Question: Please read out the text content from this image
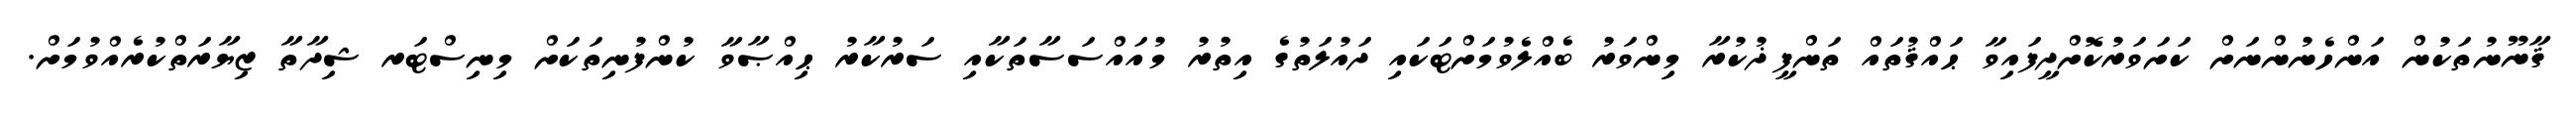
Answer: ޤާނޫނުތަކުން އަންހެނުންނަށް ކަށަވަރުކޮށްދީފައިވާ ޙައްޤުތައް ތަންފީޛުކުރާ މިންވަރު ބެއްލެވުމަށްޓަކައި ދައުލަތުގެ އިތުރު މުއައްސަސާތަކާއި ސަރުކާރު ޙިއްޞާވާ ކުންފުނިތަކަށް މިނިސްޓަރ ޝިދާތާ ޒިޔާރަތްކުރެއްވުމަށް.